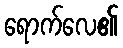
ရောက်လေ၏